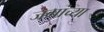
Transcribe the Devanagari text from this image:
जगांच्या